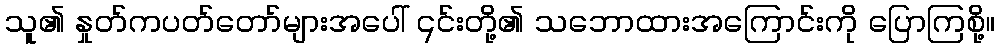
သူ၏ နှုတ်ကပတ်တော်များအပေါ် ၎င်းတို့၏ သဘောထားအကြောင်းကို ပြောကြစို့။